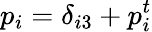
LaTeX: p_{i}=\delta_{i3}+p_{i}^{t}